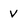
Character: v